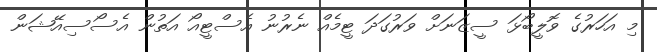
މި އަހަރުގެ ވޮލީބޯޅަ ސީޒަނަށް ވަރުގަދަ ޓީމެއް ނެރުނު އެސްޓީއޯ އަތުން އެސޯސިއޭޝަން